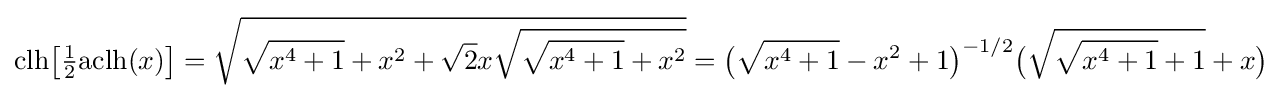
{\text{clh}}{\bigl [}{\tfrac {1}{2}}{\text{aclh}}(x){\bigr ]}={\sqrt {{\sqrt {x^{4}+1}}+x^{2}+{\sqrt {2}}x{\sqrt {{\sqrt {x^{4}+1}}+x^{2}}}}}={\bigl (}{\sqrt {x^{4}+1}}-x^{2}+1{\bigr )}^{-1/2}{\bigl (}{\sqrt {{\sqrt {x^{4}+1}}+1}}+x{\bigr )}